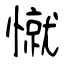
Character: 憱